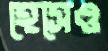
হেসেও